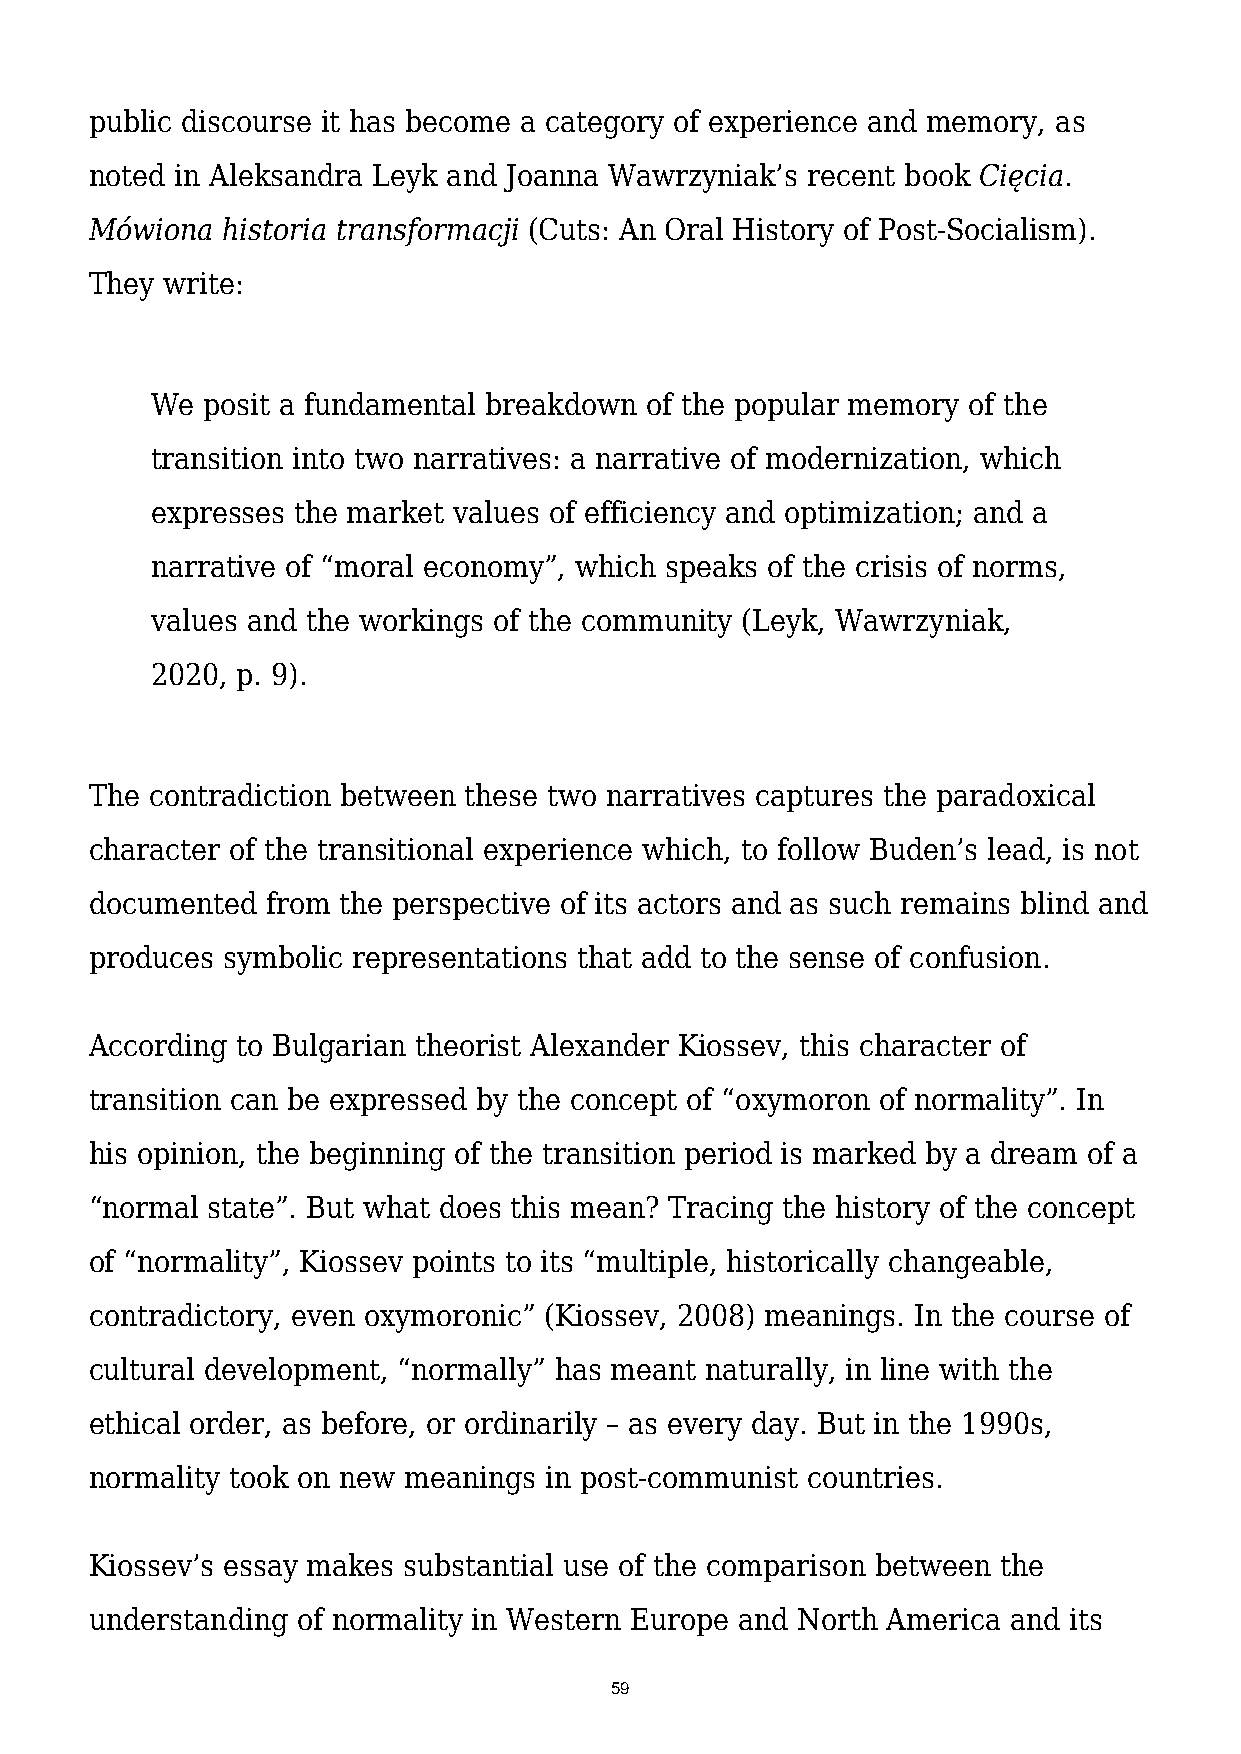
public discourse it has become a category of experience and memory, as
 noted in Aleksandra Leyk and Joanna Wawrzyniak’s recent book Cięcia.
 Mówiona  historia transformacji (Cuts: An Oral History of Post-Socialism).
 They write:
 We posit a fundamental breakdown of the popular memory of the
 transition into two narratives: a narrative of modernization, which
 expresses the market values of efficiency and optimization; and a
 narrative of “moral economy”, which speaks of the crisis of norms,
 values and the workings of the community (Leyk, Wawrzyniak,
 2020, p. 9).
 The contradiction between these two narratives captures the paradoxical
 character of the transitional experience which, to follow Buden’s lead, is not
 documented  from the perspective of its actors and as such remains blind and
 produces symbolic representations that add to the sense of confusion.
 According to Bulgarian theorist Alexander Kiossev, this character of
 transition can be expressed by the concept of “oxymoron of normality”. In
 his opinion, the beginning of the transition period is marked by a dream of a
 “normal state”. But what does this mean? Tracing the history of the concept
 of “normality”, Kiossev points to its “multiple, historically changeable,
 contradictory, even oxymoronic” (Kiossev, 2008) meanings. In the course of
 cultural development, “normally” has meant naturally, in line with the
 ethical order, as before, or ordinarily – as every day. But in the 1990s,
 normality took on new meanings in post-communist countries.
 Kiossev’s essay makes substantial use of the comparison between the
 understanding of normality in Western Europe and North America and its
 59